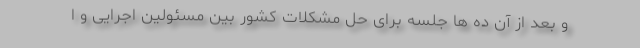
و بعد از آن ده ها جلسه برای حل مشکلات کشور بین مسئولین اجرایی و ا